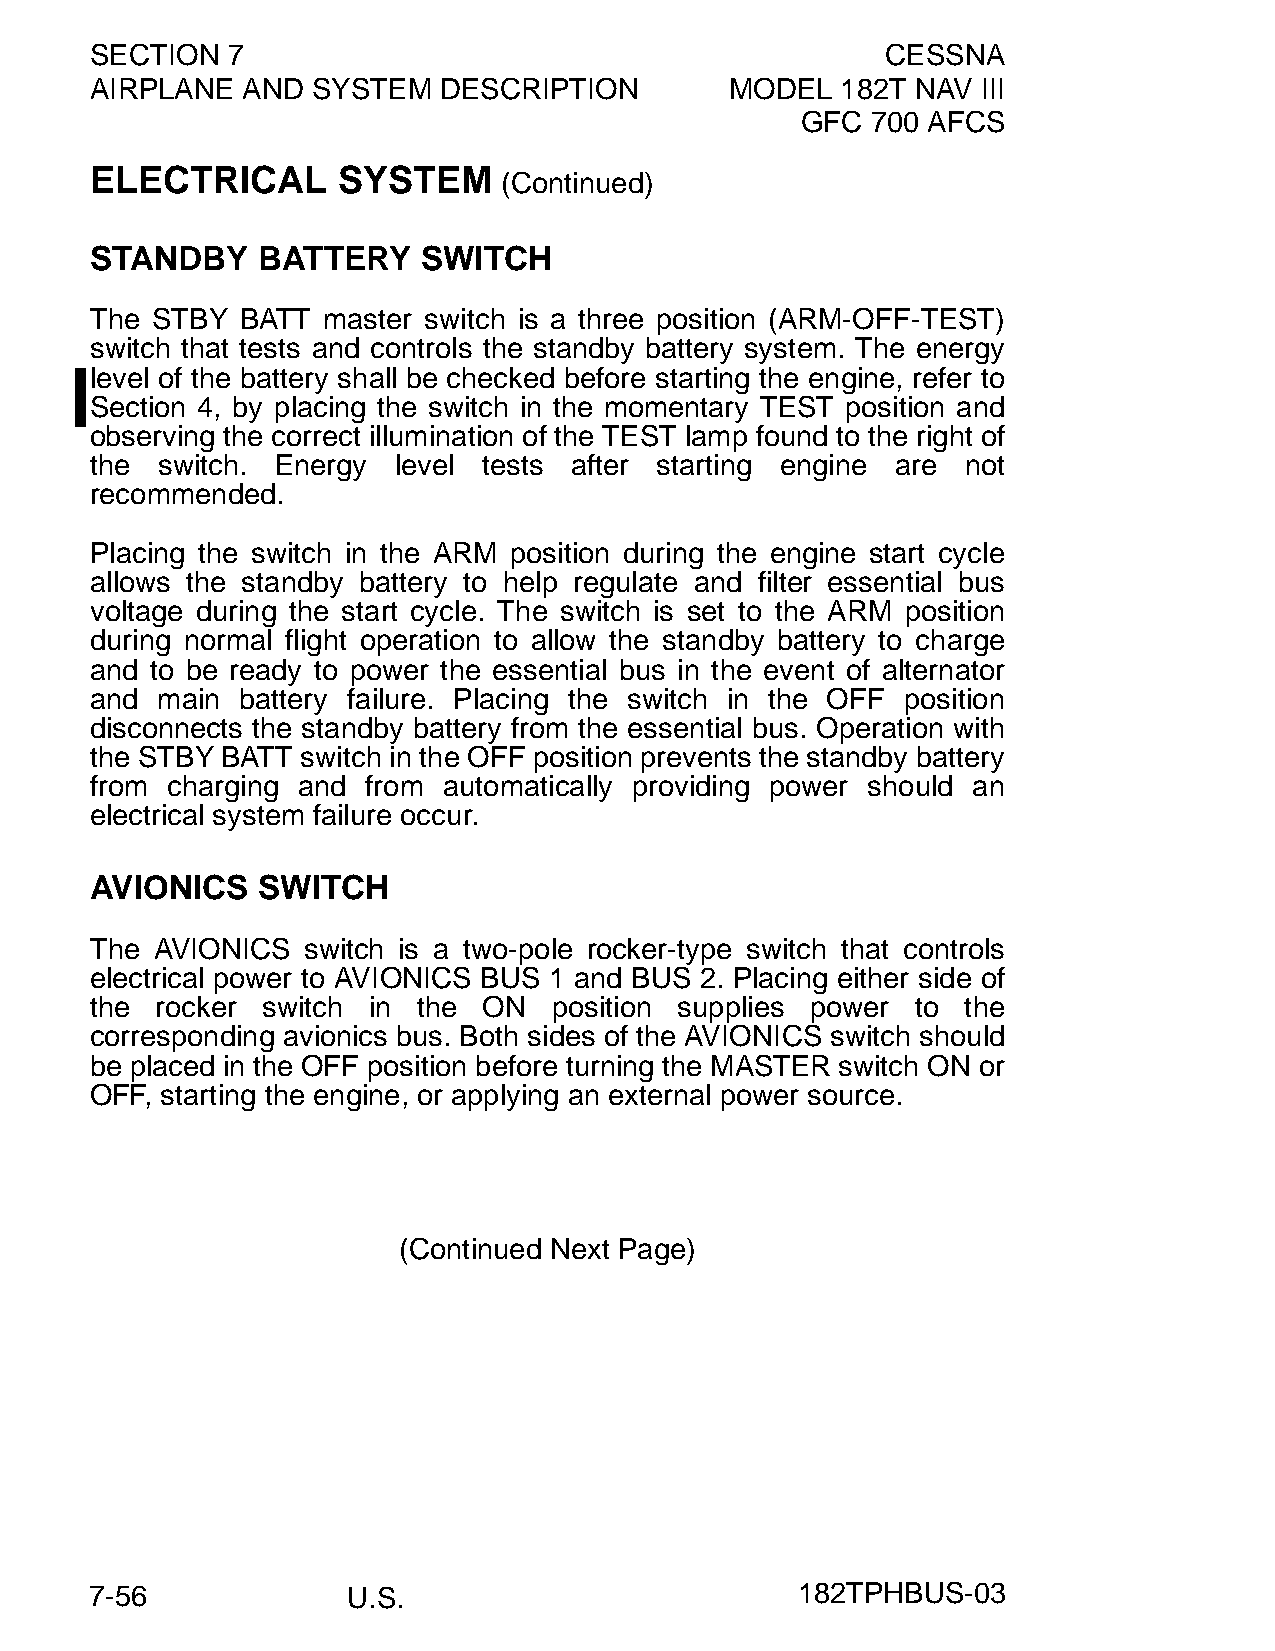
SECTION  7                                           CESSNA
 AIRPLANE  AND  SYSTEM  DESCRIPTION        MODEL   182T NAV III
 GFC  700 AFCS
 ELECTRICAL      SYSTEM
 (Continued)
 STANDBY    BATTERY    SWITCH
 The STBY  BATT master switch is a three position (ARM-OFF-TEST)
 switch that tests and controls the standby battery system. The energy
 level of the battery shall be checked before starting the engine, refer to
 Section 4, by placing the switch in the momentary TEST position and
 observing the correct illumination of the TEST lamp found to the right of
 the switch. Energy  level tests after starting engine are not
 recommended.
 Placing the switch in the ARM position during the engine start cycle
 allows the standby battery to help regulate and filter essential bus
 voltage during the start cycle. The switch is set to the ARM position
 during normal flight operation to allow the standby battery to charge
 and to be ready to power the essential bus in the event of alternator
 and main  battery failure. Placing the switch in the OFF position
 disconnects the standby battery from the essential bus. Operation with
 the STBY BATT switch in the OFF position prevents the standby battery
 from charging and from automatically providing power should an
 electrical system failure occur.
 AVIONICS   SWITCH
 The AVIONICS  switch is a two-pole rocker-type switch that controls
 electrical power to AVIONICS BUS 1 and BUS 2. Placing either side of
 the rocker switch in  the ON   position supplies power to the
 corresponding avionics bus. Both sides of the AVIONICS switch should
 be placed in the OFF position before turning the MASTER switch ON or
 OFF, starting the engine, or applying an external power source.
 (Continued Next Page)
 7-56             U.S.                          182TPHBUS-03